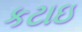
કટાઇ